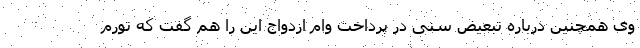
وی همچنین درباره تبعیض سنی در پرداخت وام ازدواج این را هم گفت که تورم